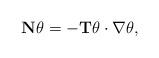
LaTeX: \begin{align*}\mathbf{N}\theta=-\mathbf{T}\theta\cdot\nabla\theta,\end{align*}